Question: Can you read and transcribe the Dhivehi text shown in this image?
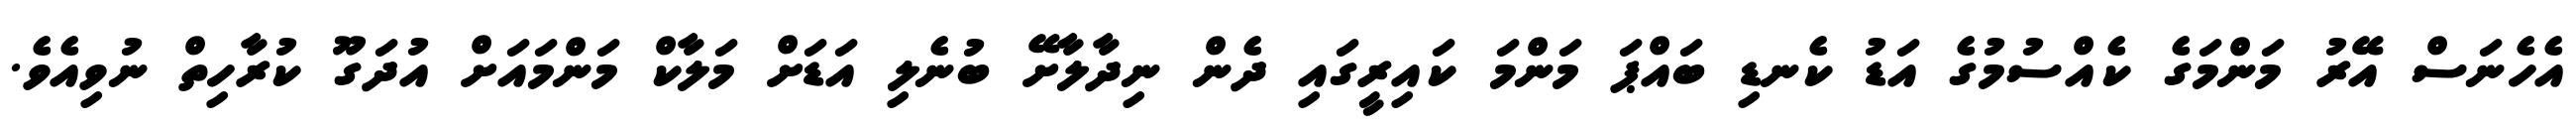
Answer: އެހެނަސް އޭރު މަންމަގެ ކެއްސުމުގެ އަޑު ކެނޑި ބައްޕަ މަންމަ ކައިރީގައި ދެން ނިދާލާށޭ ބުނެލި އަޑަށް މަލާކް މަންމައަށް އުދަގޫ ކުރާހިތް ނުވިއެވެ.